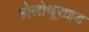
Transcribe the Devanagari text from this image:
होलोथूराइड